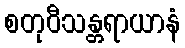
စတုဝီသန္တရာယာနံ